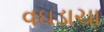
વઘડાચા